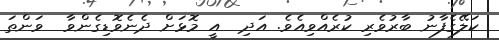
ކަލޭގެފާނު ބާރުވެރި ކުރެއްވިއެވެ. އަދި  އީ މޮޅަށް ދެނެވޮޑިގެންވާ  ވަންތަ